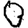
Digit: 0